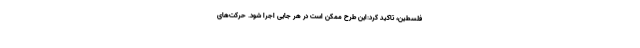
فلسطین، تاکید کرد:این طرح ممکن است در هر جایی اجرا شود. حرکت‌های